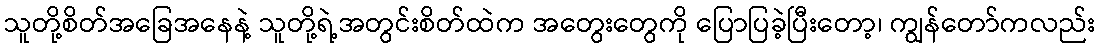
သူတို့စိတ်အခြေအနေနဲ့ သူတို့ရဲ့အတွင်းစိတ်ထဲက အတွေးတွေကို ပြောပြခဲ့ပြီးတော့၊ ကျွန်တော်ကလည်း